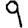
Digit: 9